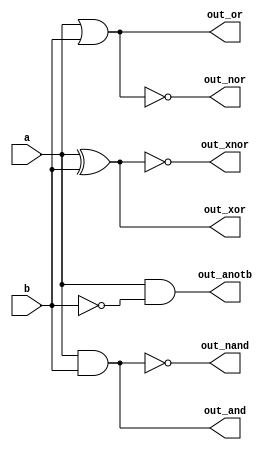
module top_module( 
    input a, b,
    output out_and,
    output out_or,
    output out_xor,
    output out_nand,
    output out_nor,
    output out_xnor,
    output out_anotb
);
    // Logic gate implementations
    assign out_and = a & b;
    assign out_or = a | b;
    assign out_xor = a ^ b;
    assign out_nand = ~(a & b);
    assign out_nor = ~(a | b);
    assign out_xnor = ~(a ^ b);
    assign out_anotb = a & ~b;
endmodule